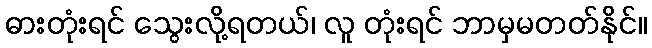
ဓားတုံးရင် သွေးလို့ရတယ်၊ လူ တုံးရင် ဘာမှမတတ်နိုင်။